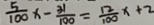
\frac { 5 } { 1 0 0 } x - \frac { 3 1 } { 1 0 0 } = \frac { 1 2 } { 1 0 0 } x + 2